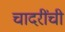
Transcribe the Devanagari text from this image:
चादरींची